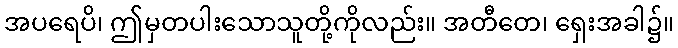
အပရေပိ၊ ဤမှတပါးသောသူတို့ကိုလည်း။ အတီတေ၊ ရှေးအခါ၌။